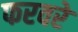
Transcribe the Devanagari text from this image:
फरवरे